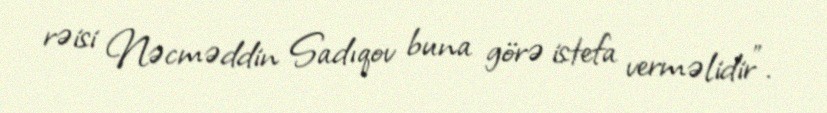
rəisi Nəcməddin Sadıqov buna görə istefa verməlidir".